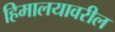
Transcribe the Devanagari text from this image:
हिमालयावरील